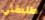
طليقتي